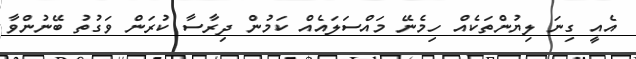
އެއީ ގިނަ ލިޔުންތަކެއް ހިމެނޭ މައްސަލައެއް ކަމުން ދިރާސާ ކުރަން ވަގުތު ބޭނުންވާ